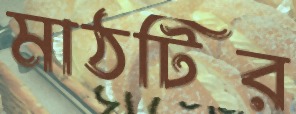
মাঠটির